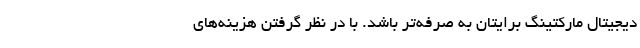
دیجیتال مارکتینگ برایتان به صرفه‌تر باشد. با در نظر گرفتن هزینه‌های